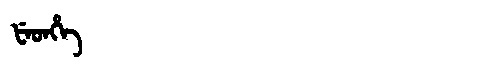
Manchu: ᡶᡝᡨᡥᡝ
Romanization: FETHE